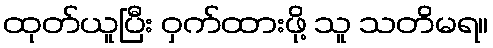
ထုတ်ယူပြီး ဝှက်ထားဖို့ သူ သတိမရ။